Report on the lunatic asylums under the Government of Bombay - 1904-1913
Year: 1904
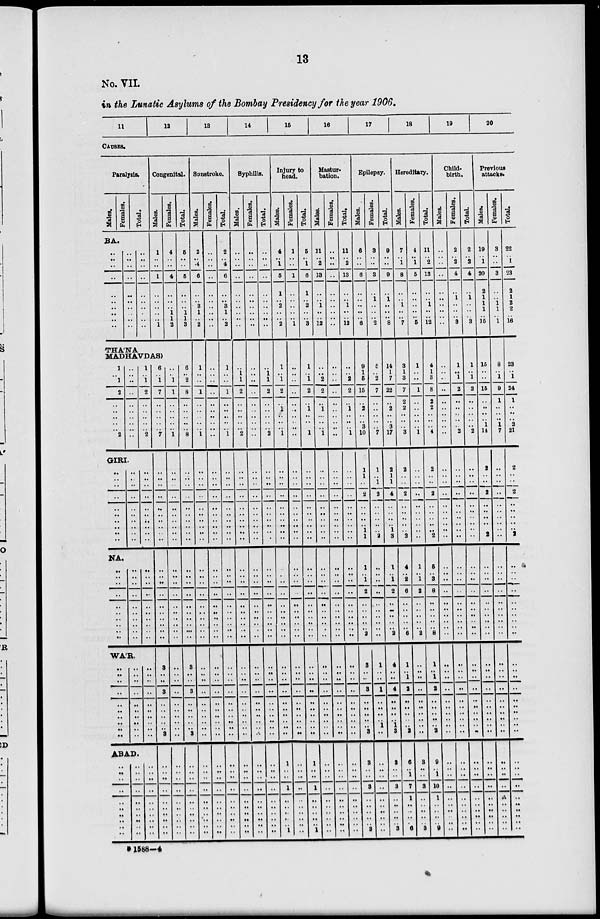
13
No. VII.
in the Lunatic Asylums of the Bombay Presidency for the year 1906.
11
12
13
14
15
16
17
18
19
20
CAUSES.
Paralysis.
Males.
Females.
Total.
BA.
..
..
..
..
..
..
..
..
..
..
..
..
..
..
..
..
..
..
..
..
..
..
..
..
..
..
..
..
..
..
Congenital.
Males.
1
..
..
1
..
..
..
..
..
1
Females.
4
..
..
4
..
..
..
1
1
2
Total.
5
..
..
5
..
..
..
1
1
3
THA'NA
MADHAVDAS)
1
..
1
2
..
..
..
..
..
2
..
..
..
..
..
..
..
..
..
..
1
..
1
2
..
..
..
..
..
2
GIRI.
..
..
..
..
..
..
..
..
..
..
..
..
..
..
..
..
..
..
..
..
..
..
..
..
..
..
..
..
..
..
NA.
..
..
..
..
..
..
..
..
..
..
..
..
..
..
..
..
..
..
..
..
..
..
..
..
..
..
..
..
..
..
WA'R.
..
..
..
..
..
..
..
.. ..
..
..
..
..
..
..
..
..
.. ..
..
..
..
..
..
..
..
..
.. ..
..
ABAD.
..
..
..
..
..
..
..
..
..
..
..
..
..
..
..
..
..
..
..
..
..
..
..
..
..
..
..
..
..
..
..
..
..
6
..
1
7
..
..
..
..
..
7
..
..
..
..
..
..
..
..
..
..
..
..
..
..
..
..
..
..
..
..
3
..
3
..
..
..
.. ..
3
..
..
..
..
..
..
..
..
..
..
..
..
..
1
1
..
..
..
..
..
1
..
..
..
..
..
..
..
..
..
..
..
..
..
..
..
..
..
..
..
..
..
..
..
..
..
..
..
.. ..
..
..
..
..
..
..
..
..
..
..
..
..
6
..
2
8
..
..
..
..
..
8
..
..
..
..
..
..
..
..
..
..
..
..
..
..
..
..
..
..
..
..
3
..
..
3
..
..
..
.. ..
3
..
..
..
..
..
..
..
..
..
..
..
Sunstroke.
Males.
2
..
4
6
..
..
3
1
..
2
1
..
..
1
..
..
..
..
..
1
..
..
..
..
..
..
..
..
..
..
..
..
..
..
..
..
..
..
..
..
..
..
..
..
..
..
..
.. ..
..
..
..
..
..
..
..
..
..
..
..
..
Females.
..
..
..
..
..
..
..
..
..
..
..
..
..
..
..
..
..
..
..
..
..
..
..
..
..
..
..
..
..
..
..
..
..
..
..
..
..
..
..
..
..
..
..
..
..
..
..
.. ..
..
..
..
..
..
..
..
..
..
..
..
..
Total.
2
..
4
6
..
..
3
1
..
2
1
..
..
1
..
..
..
..
..
1
..
..
..
..
..
..
..
..
..
..
..
..
..
..
..
..
..
..
..
..
..
..
..
..
..
..
..
.. ..
..
..
..
..
..
..
..
..
..
..
..
..
Syphilis.
Males.
..
..
..
..
..
..
..
..
..
..
..
1
1
2
..
..
..
..
..
2
..
..
..
..
..
..
..
..
..
..
..
..
..
..
..
..
..
..
..
..
..
..
..
..
..
..
..
.. ..
..
..
..
..
..
..
..
..
..
..
..
..
Females.
..
..
..
..
..
..
..
..
..
..
..
..
..
..
..
..
..
..
..
..
..
..
..
..
..
..
..
..
..
..
..
..
..
..
..
..
..
..
..
..
..
..
..
..
..
..
..
.. ..
..
..
..
..
..
..
..
..
..
..
..
..
Total.
..
..
..
..
..
..
..
..
..
..
..
1
1
2
..
..
..
..
..
2
..
..
..
..
..
..
..
..
..
..
..
..
..
..
..
..
..
..
..
..
..
..
..
..
..
..
..
.. ..
..
..
..
..
..
..
..
..
..
..
..
..
Injury to
head.
Males.
4
..
1
5
1
..
2
..
..
2
1
..
1
2
..
1
..
..
..
1
..
..
..
..
..
..
..
..
..
..
..
..
..
..
..
..
..
..
..
..
..
..
..
..
..
..
..
.. ..
..
1
..
..
..
1
..
..
..
..
.. 1
Females.
1
..
..
1
..
..
..
..
..
1
..
..
..
..
..
..
..
..
..
..
..
..
..
..
..
..
..
..
..
..
..
..
..
..
..
..
..
..
..
..
..
..
..
..
..
..
..
.. ..
..
..
..
..
..
..
..
..
..
..
..
..
Total.
5
..
1
6
1
..
2
..
..
3
1
..
1
2
..
1
..
..
..
1
..
..
..
..
..
..
..
..
..
..
..
..
..
..
..
..
..
..
..
..
..
..
..
..
..
..
..
.. ..
..
1
..
..
..
1
..
..
..
..
.. 1
Mastur-
bation.
Males.
11
..
2
13
..
..
1
..
..
12
..
..
2
2
..
1
..
..
..
1
..
..
..
..
..
..
..
..
..
..
..
..
..
..
..
..
..
..
..
..
..
..
..
..
..
..
..
.. ..
..
..
..
..
..
..
..
..
..
..
..
..
Females.
..
..
..
..
..
..
..
..
..
..
..
..
..
..
..
..
..
..
..
..
..
..
..
..
..
..
..
..
..
..
..
..
..
..
..
..
..
..
..
..
..
..
..
..
..
.. ..
.. ..
..
..
..
..
..
..
..
..
..
..
..
..
Total.
11
..
2
13
..
..
1
..
..
12
..
..
2
2
..
1
..
..
..
1
..
..
..
..
..
..
..
..
..
..
..
..
..
..
..
..
..
..
..
..
..
..
..
..
..
..
..
.. ..
..
..
..
..
..
..
..
..
..
..
..
..
Epilepsy.
Males.
6
..
..
6
..
..
..
..
..
6
9
1
5
15
..
2
..
..
3
10
1
1
..
2
..
..
..
..
1
1
1
..
1
2
..
..
..
..
.. 2
3
..
..
3
..
..
..
.. ..
3
3
..
..
..
3
..
..
..
..
.. 3
Females.
3
..
..
3
..
1
..
..
..
2
5
..
2
7
..
..
..
..
..
7
1
..
1
2
..
..
..
..
..
2
..
..
..
..
..
..
..
..
..
..
1
..
..
1
..
..
..
.. 1
..
..
..
..
..
..
..
..
..
..
..
..
Total.
9
..
..
9
..
1
..
..
..
8
14
1
7
22
..
2
..
..
3
17
2
1
1
4
..
..
..
..
1
3
1
..
1
2
..
..
..
..
.. 2
4
..
..
4
..
..
..
.. 1
3
3
..
..
..
3
..
..
..
..
.. 3
Hereditary.
Males.
7
..
1
8
..
..
1
..
..
7
3
1
3
7
2
2
..
..
..
3
2
..
..
2
..
..
..
..
..
2
4
..
2
6
..
..
..
..
.. 6
1
.. 1
2
..
..
..
.. ..
2
6
..
1
..
7
1
..
..
..
..
6
Females.
4
..
1
5
..
..
..
..
..
5
1
..
..
1
..
..
..
..
..
1
..
..
..
..
..
..
..
..
..
..
1
..
1
2
..
..
..
..
.. 2
..
..
..
..
..
..
..
.. ..
..
3
..
..
..
3
..
..
..
..
.. 3
Total.
11
..
2
13
..
..
1
..
..
12
4
1
3
8
2
2
..
..
..
4
2
..
..
2
..
..
..
..
..
2
5
..
3
8
..
..
..
..
.. 8
1
.. 1
2
..
..
..
.. ..
2
9
..
1
..
10
1
..
..
..
..
9
Child¬
birth.
Males.
..
..
..
..
..
..
..
..
..
..
..
..
..
..
..
..
..
..
..
..
..
..
..
..
..
..
..
..
..
..
..
..
..
..
..
..
..
..
..
..
..
..
..
..
..
..
..
.. ..
..
..
..
..
..
..
..
..
..
..
..
..
Females.
2
..
2
4
..
1
..
..
..
3
1
..
1
2
..
..
..
..
..
2
..
..
..
..
..
..
..
..
..
..
..
..
..
..
..
..
..
..
..
.. ..
..
..
..
..
..
..
..
.. ..
..
..
..
..
..
..
..
..
..
..
..
..
Total.
2
..
2
4
..
1
..
..
..
3
1
..
1
2
..
..
..
..
..
2
..
..
..
..
..
..
..
..
..
..
..
..
..
..
..
..
..
..
..
..
..
..
..
..
..
..
..
.. ..
..
..
..
..
..
..
..
..
..
..
..
..
Previous
attacks.
Males.
19
1
20
2
1
1
1
..
15
15
..
..
15
..
..
..
..
1
14
2
..
..
2
..
..
..
..
..
2
..
..
..
..
..
..
..
..
..
..
..
..
..
..
..
..
..
.. ..
..
..
..
..
..
..
..
..
..
..
..
..
Females.
3
..
..
3
..
..
1
1
..
1
8
..
1
9
1
..
..
..
1
7
..
..
..
..
..
..
..
..
..
..
..
..
..
..
..
..
..
..
..
..
..
..
..
..
..
..
..
.. ..
..
..
..
..
..
..
..
..
..
..
..
..
Total.
22
..
1
23
2
1
2
2
..
16
23
..
1
24
1
..
..
..
2
21
2
..
..
2
..
..
..
..
..
2
..
..
..
..
..
..
..
..
..
..
..
..
..
..
..
..
..
.. ..
..
..
..
..
..
..
..
..
..
..
..
..
B 1588—4